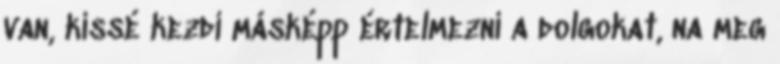
van, kissé kezdi másképp értelmezni a dolgokat, na meg